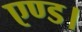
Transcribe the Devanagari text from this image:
एण्ड।